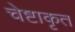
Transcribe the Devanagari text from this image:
चेष्टाकृत